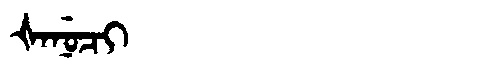
Manchu: ᡧᠠᠨᡠᠴᡳ
Romanization: ŠANUCI